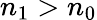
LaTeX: n_{\mathrm{1}}>n_{\mathrm{0}}